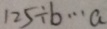
1 2 5 \div b \cdots a